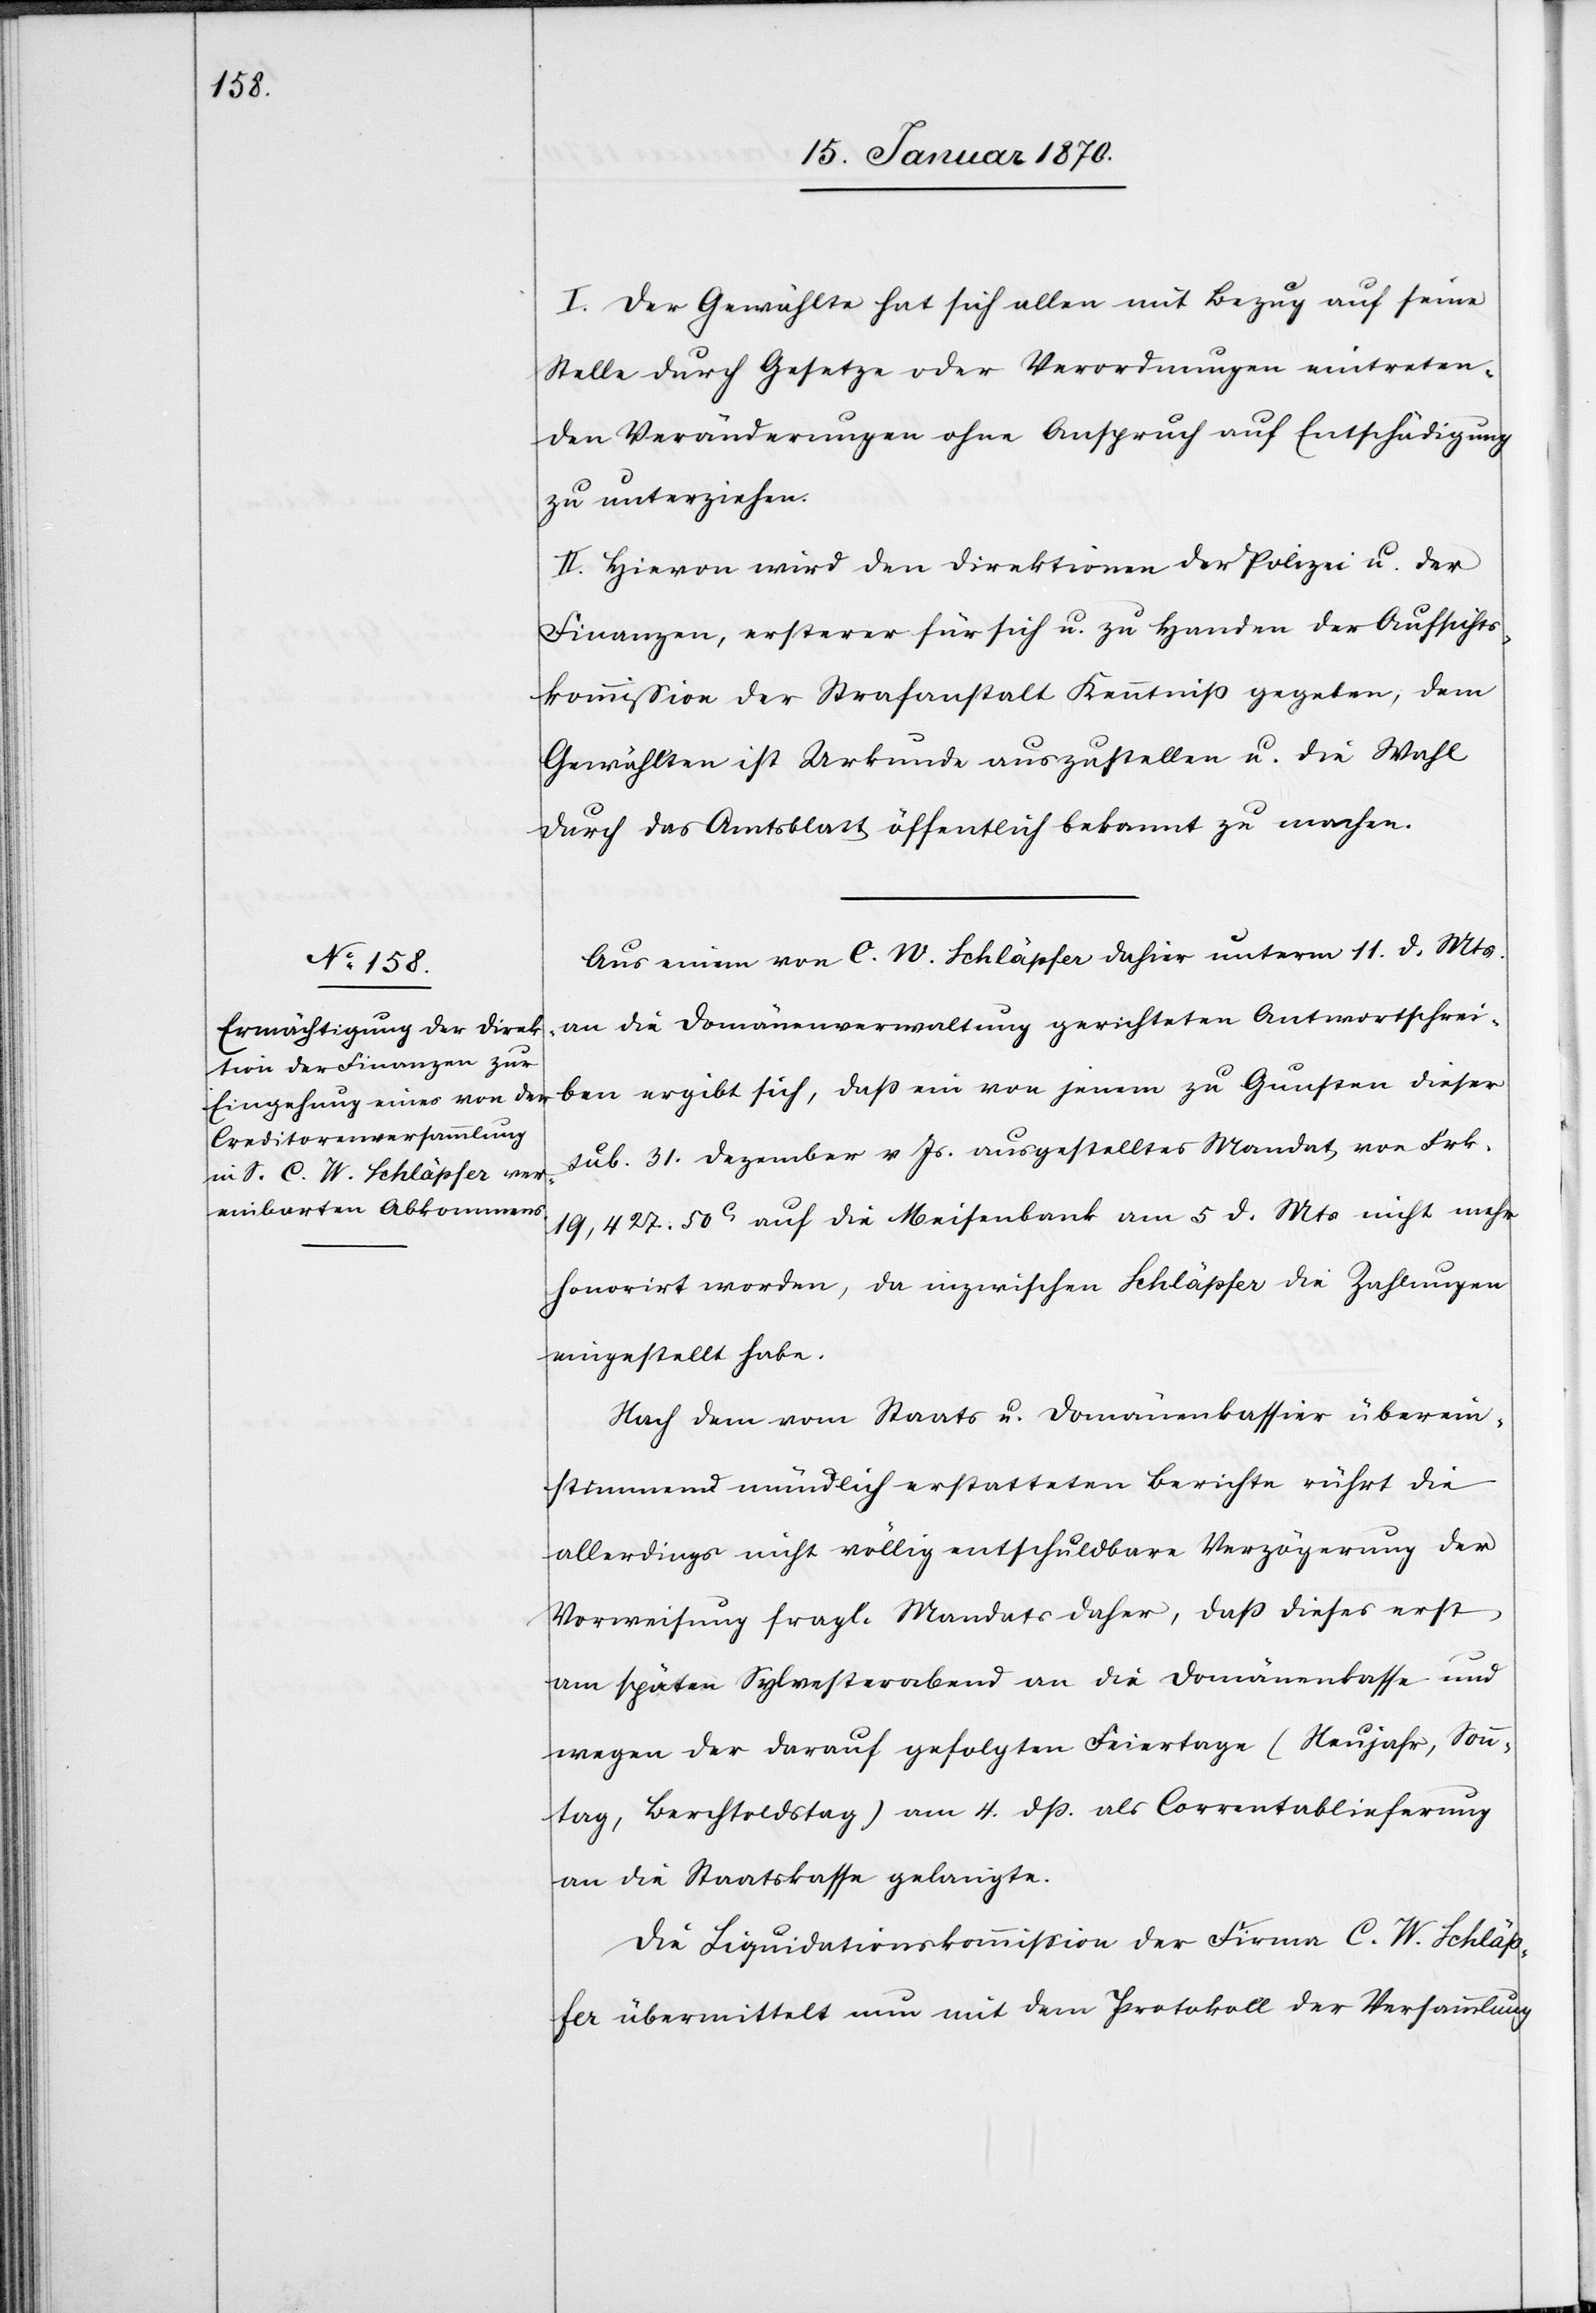
I. Der Gewählte hat sich allen mit Bezug auf seine
Stelle durch Gesetze oder Verordnungen eintreten¬
den Veränderungen ohne Anspruch auf Entschädigung
zu unterziehen.
II. Hievon wird den Direktionen der Polizei u. der
Finanzen, ersterer für sich u. zu Handen der Aufsichts¬
kommission der Strafanstalt Kenntniß gegeben; dem
Gewählten ist Urkunde auszustellen u. die Wahl
durch das Amtsblatt öffentlich bekannt zu machen.
Aus einem von C. W. Schläpfer dahier unterm 11. d. Mts.
an die Domänenverwaltung gerichteten Antwortschrei¬
ben ergibt sich, daß ein von jenem zu Gunsten dieser
sub. 31. Dezember v. Js. ausgestelltes Mandat von Frk.
19,427.50c auf die Meisenbank am 5 d. Mts. nicht mehr
honorirt worden, da inzwischen Schläpfer die Zahlungen
eingestellt habe.
Nach dem von Staats[-] u. Domänenkassier überein¬
stimmend mündlich erstatteten Berichte rührt die
allerdings nicht völlig entschuldbare Verzögerung der
Vorweisung fragl. Mandats daher, daß dieses erst
am späten Sylvesterabend an die Domänenkasse und
wegen der darauf gefolgten Feiertage (Neujahr, Sonn¬
tag, Berchtoldstag) am 4. dp. als Correntablieferung
an die Staatskasse gelangte.
Die Liquidationskommission der Firma C. W. Schläp¬
fer übermittelt nun mit dem Protokoll der Versammlung